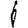
Digit: 1